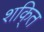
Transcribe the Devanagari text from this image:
शकि्त